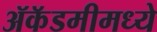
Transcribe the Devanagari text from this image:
ॲकॅडमीमध्ये